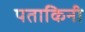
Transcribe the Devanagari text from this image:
पताकिनी